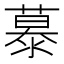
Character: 𪷂